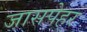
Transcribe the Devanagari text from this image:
जासपेहर